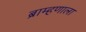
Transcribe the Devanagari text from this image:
ब्राम्हणाला